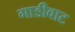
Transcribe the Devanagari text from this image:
गाडीवाट